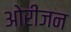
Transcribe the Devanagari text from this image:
ओरीजन